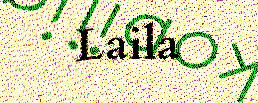
Laila